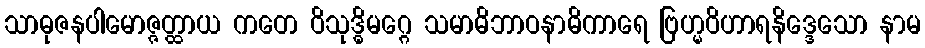
သာဓုဇနပါမောဇ္ဇတ္ထာယ ကတေ ဝိသုဒ္ဓိမဂ္ဂေ သမာဓိဘာဝနာဓိကာရေ ဗြဟ္မဝိဟာရနိဒ္ဒေသော နာမ